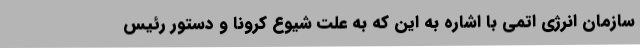
سازمان انرژی اتمی با اشاره به این که به علت شیوع کرونا و دستور رئیس